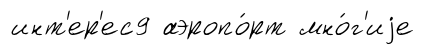
инт'ер'ес9 аэропо́рт мно́г'иjе